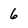
Character: 6